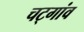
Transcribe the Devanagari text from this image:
चट्गांव